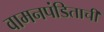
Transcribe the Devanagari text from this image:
वामनपंडिताची